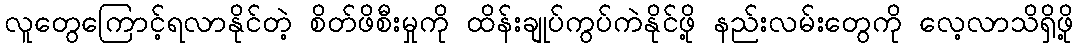
လူတွေကြောင့်ရလာနိုင်တဲ့ စိတ်ဖိစီးမှုကို ထိန်းချုပ်ကွပ်ကဲနိုင်ဖို့ နည်းလမ်းတွေကို လေ့လာသိရှိဖို့